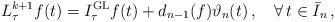
LaTeX: \begin{align*}L_\tau^{k+1}f(t) = I_\tau^{\operatorname{GL}}f(t) + d_{n-1}(f)\vartheta_n(t)\,, \quad\forall\, t\in\bar I_n\,,\end{align*}